Annual report of the Imperial Bacteriological Laboratory, Muktesar
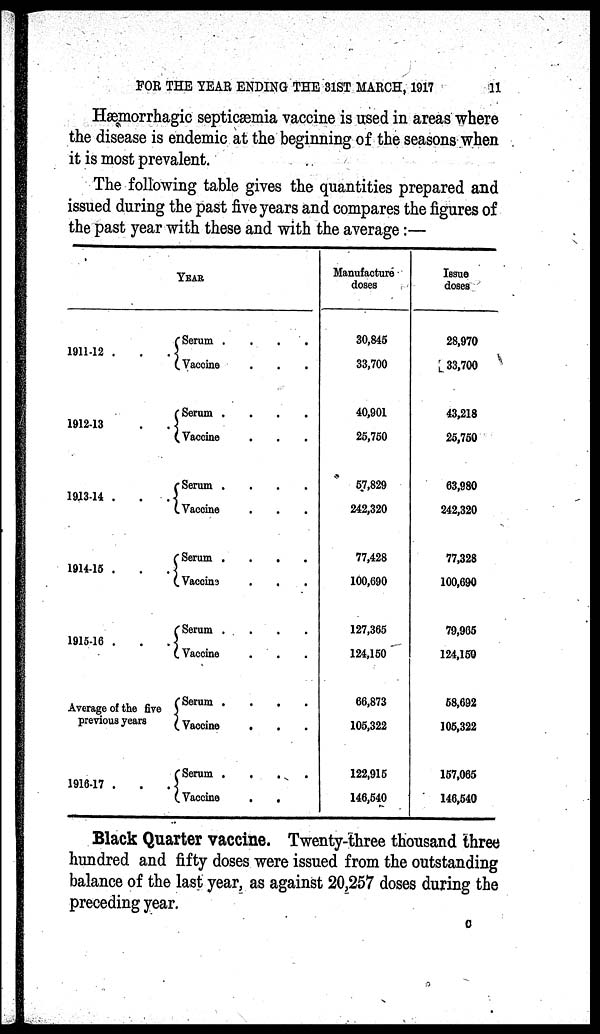
FOR THE YEAR ENDING THE 31ST MARCH, 1917
11
Hæmorrhagic septicæmia vaccine is used in areas where
the disease is endemic at the beginning of the seasons when
it is most prevalent.
The following table gives the quantities prepared and
issued during the past five years and compares the figures of
the past year with these and with the average:—
1911-12
1912-13
1913-14
1914-15
1915-16
Average of the five
previous years
1916-17 .
YEAR
{Serum
Vaccine
{Serum
Vaccine
{Serum
Vaccine
{Serum
Vaccine
{Serum
Vaccine
{Serum
Vaccine
{Serum
Vaccine
Manufacture
doses
30,845
33,700
40,901
25,750
57,829
242,320
77,428
100,690
127,365
124,150
66,873
105,322
122,915
146,540
Issue
doses
28,970
33,700
43,218
25,750
63,980
242,320
77,328
100,690
79,965
124,150
58,692
105,322
157,065
146,540
Black Quarter vaccine. Twenty-three thousand three
hundred and fifty doses were issued from the outstanding
balance of the last year, as against 20,257 doses during the
preceding year.